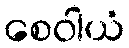
စေဝါယံ